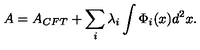
A = A _ { C F T } + \sum _ { i } \lambda _ { i } \int \Phi _ { i } ( x ) d ^ { 2 } x .